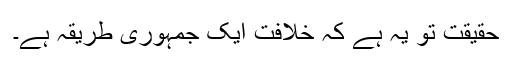
حقیقت تو یہ ہے کہ خلافت ایک جمہوری طریقہ ہے۔